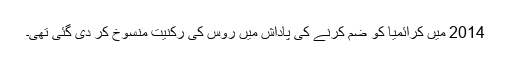
2014 میں کرائمیا کو ضم کرنے کی پاداش میں روس کی رکنیت منسوخ کر دی گئی تھی۔